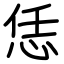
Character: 恁